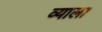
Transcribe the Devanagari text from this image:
व्याला